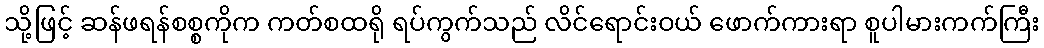
သို့ဖြင့် ဆန်ဖရန်စစ္စကိုက ကတ်စထရို ရပ်ကွက်သည် လိင်ရောင်းဝယ် ဖောက်ကားရာ စူပါမားကက်ကြီး